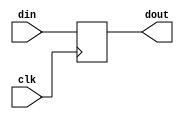
// SPDX-License-Identifier: Apache-2.0
// Copyright (C) 2019 Intel Corporation. 
module cfg_cmn_non_scan_reg (
  input      din,
  input      clk,
  output reg dout
);

  always @(posedge clk)
    dout <= din;

endmodule